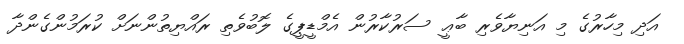
އަދި މިހާރުގެ މި އަނިޔާވެރި ބާޢީ ސަރުކާރުން އެމްޑީޕީގެ ލޮބުވެތި ރައްޔިތުންނަށް ކުރަމުންގެންދާ